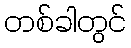
တစ်ခါတွင်